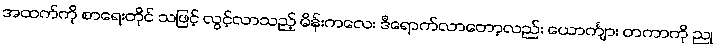
အထက်ကို စာရေးတိုင် သဖြင့် လွင့်လာသည့် မိန်းကလေး ဒီရောက်လာတော့လည်း ယောင်္ကျား တကာကို ညု